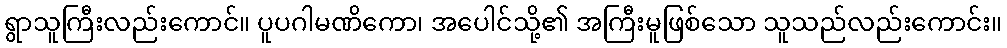
ရွာသူကြီးလည်းကောင်။ ပူပဂါမဏိကော၊ အပေါင်သို့၏ အကြီးမူဖြစ်သော သူသည်လည်းကောင်း။